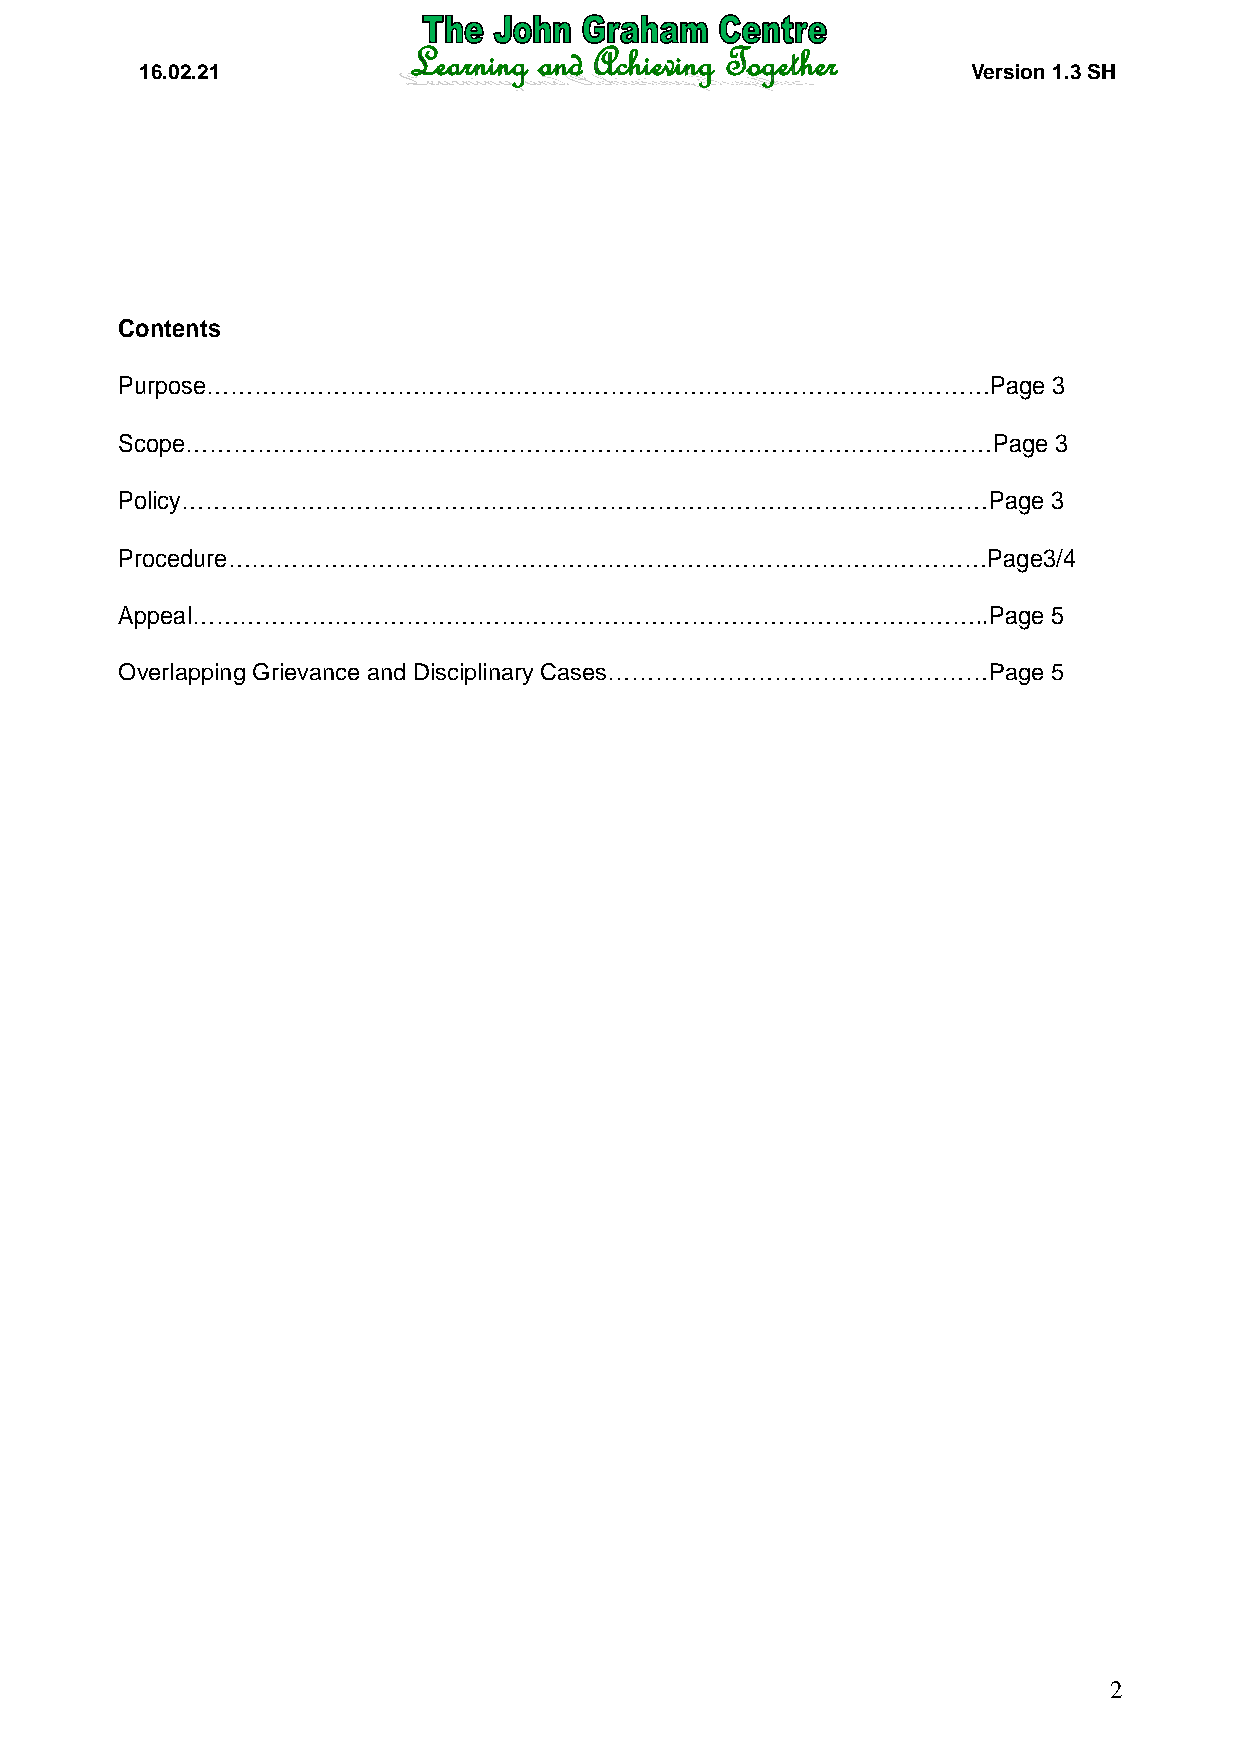
16.02.21                                               Version 1.3 SH
 Contents
 Purpose………………………………………………………………………………………Page                  3
 Scope…………………………………………………………………………………………Page                   3
 Policy…………………………………………………………………………………………Page                  3
 Procedure……………………………………………………………………………………Page3/4
 Appeal………………………………………………………………………………………..Page                 5
 Overlapping Grievance and Disciplinary Cases…………………………………………Page 5
 2